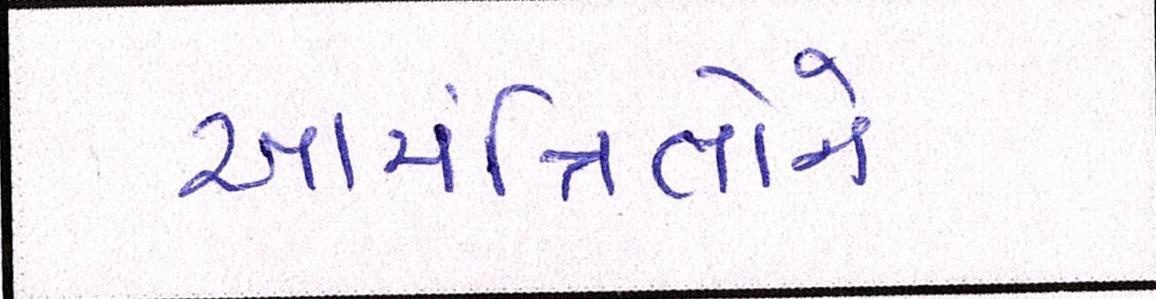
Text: આમંત્રિતોના